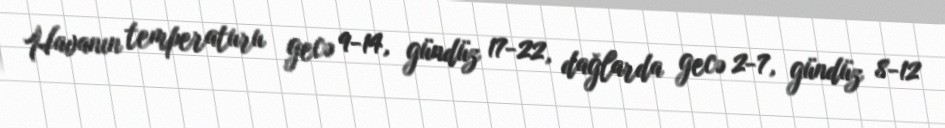
Havanın temperaturu gecə 9-14, gündüz 17-22, dağlarda gecə 2-7, gündüz 8-12